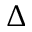
\Delta